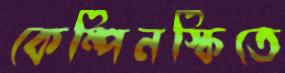
কেম্পিনস্কিতে